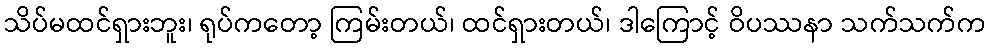
သိပ်မထင်ရှားဘူး၊ ရုပ်ကတော့ ကြမ်းတယ်၊ ထင်ရှားတယ်၊ ဒါကြောင့် ဝိပဿနာ သက်သက်က